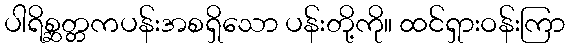
ပါရိစ္ဆတ္တကပန်းအစရှိသော ပန်းတို့ကို။ ထင်ရှားဝန်းကြာ